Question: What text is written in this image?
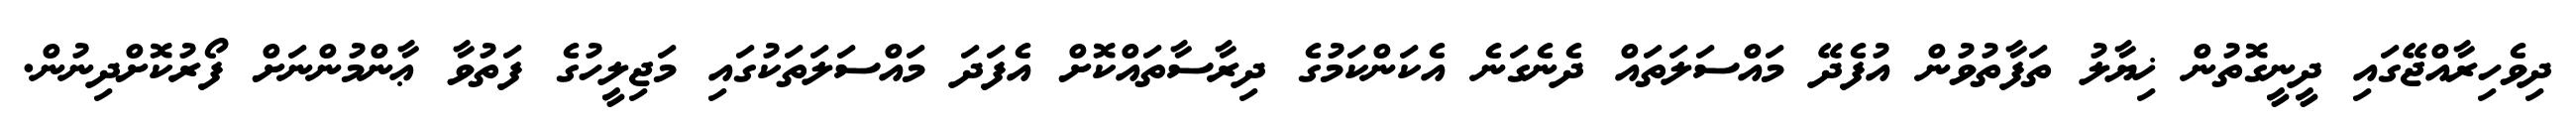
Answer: ދިވެހިރާއްޖޭގައި ދީނީގޮތުން ޚިޔާލު ތަފާތުވުން އުފެދޭ މައްސަލަތައް ދެނެގަނެ އެކަންކަމުގެ ދިރާސާތައްކޮށް އެފަދަ މައްސަލަތަކުގައި މަޖިލީހުގެ ފަތުވާ ޢާންމުންނަށް ފޯރުކޮށްދިނުން.